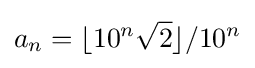
a_{n}=\lfloor 10^{n}{\sqrt {2}}\rfloor /10^{n}